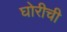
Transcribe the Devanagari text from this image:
घोरीची